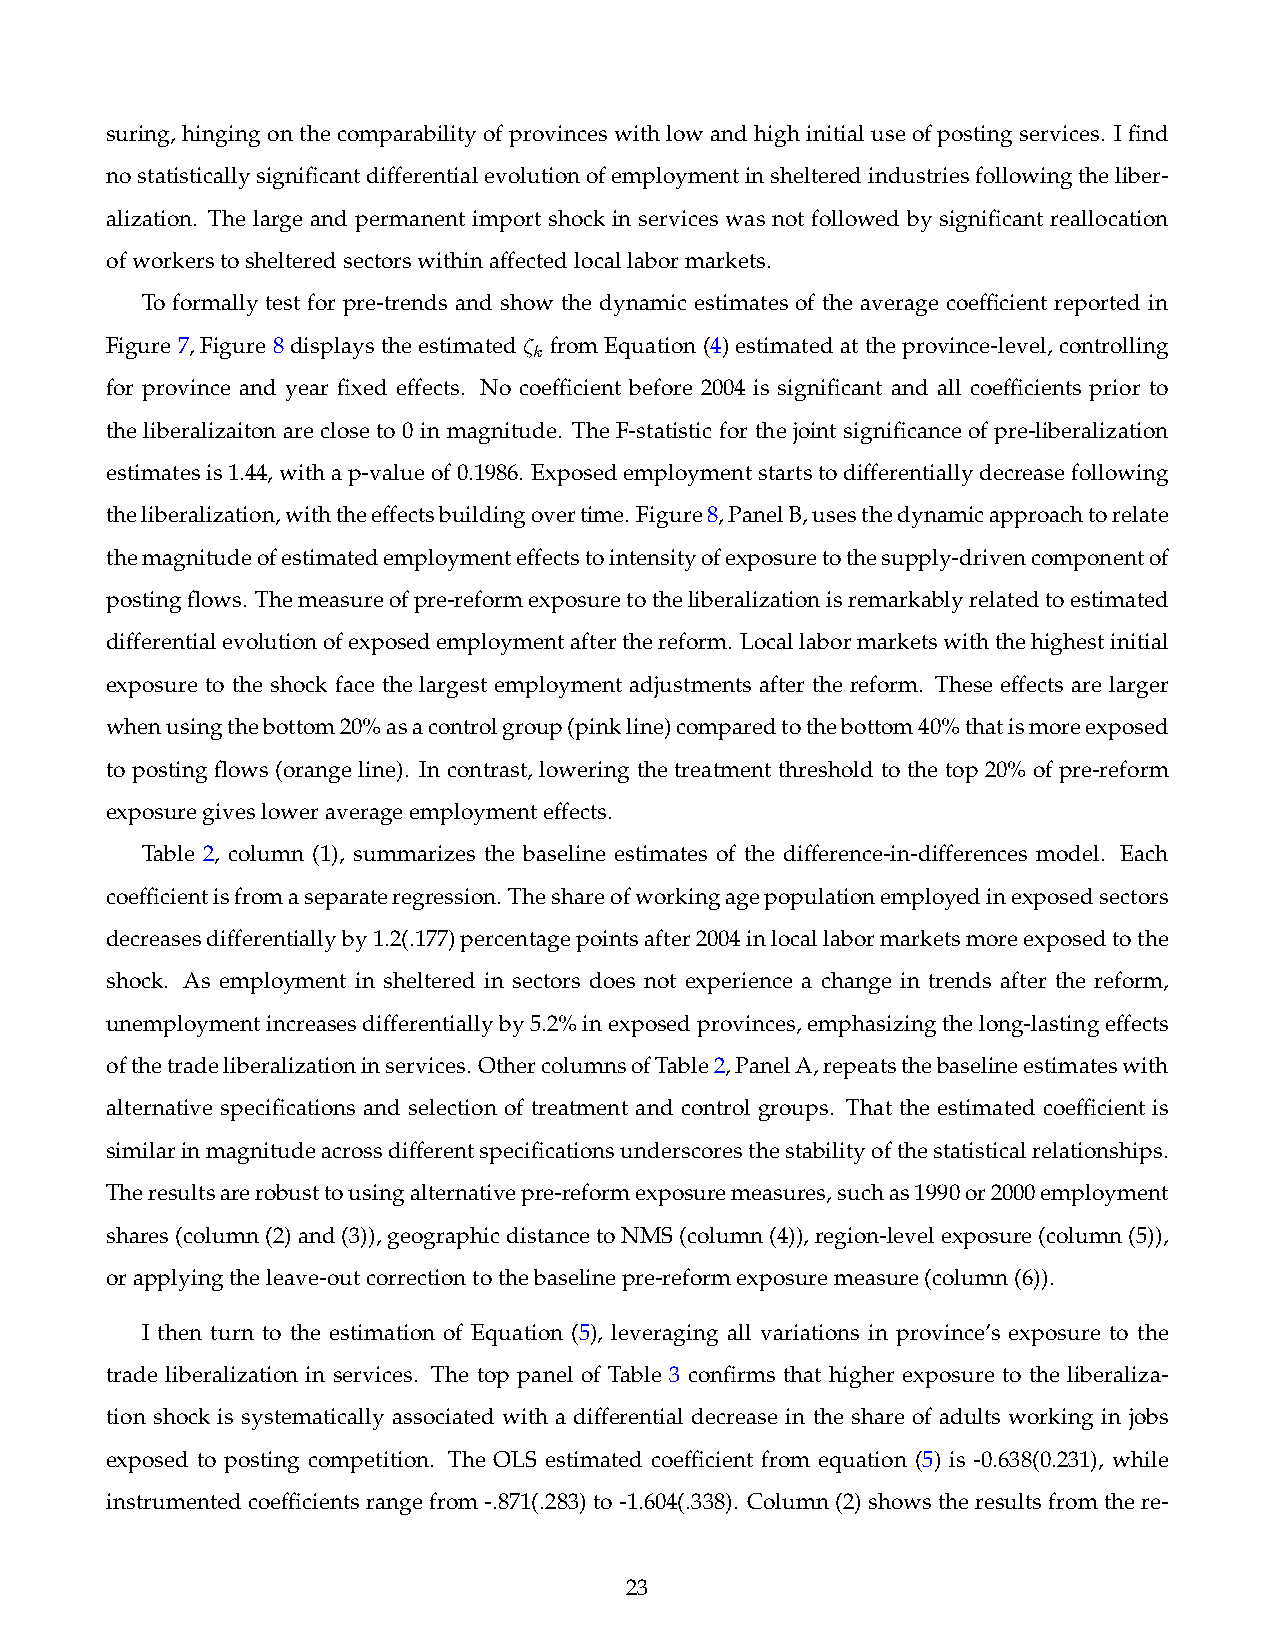
suring, hingingonthecomparabilityofprovinceswithlowandhighinitialuseofpostingservices. Ifind
 nostatisticallysignificantdifferentialevolutionofemploymentinshelteredindustriesfollowingtheliber-
 alization. The large and permanent import shock in services was not followed by significant reallocation
 ofworkerstoshelteredsectorswithinaffectedlocallabormarkets.
 To formally test for pre-trends and show the dynamic estimates of the average coefficient reported in
 Figure 7, Figure 8 displays the estimated ⇣ from Equation (4) estimated at the province-level, controlling
 k
 for province and year fixed effects. No coefficient before 2004 is significant and all coefficients prior to
 the liberalizaiton are close to 0 in magnitude. The F-statistic for the joint significance of pre-liberalization
 estimatesis1.44,withap-valueof0.1986. Exposedemploymentstartstodifferentiallydecreasefollowing
 theliberalization,withtheeffectsbuildingovertime. Figure8,PanelB,usesthedynamicapproachtorelate
 themagnitudeofestimatedemploymenteffectstointensityofexposuretothesupply-drivencomponentof
 postingflows. Themeasureofpre-reformexposuretotheliberalizationisremarkablyrelatedtoestimated
 differentialevolutionofexposedemploymentafterthereform. Locallabormarketswiththehighestinitial
 exposure to the shock face the largest employment adjustments after the reform. These effects are larger
 whenusingthebottom20%asacontrolgroup(pinkline)comparedtothebottom40%thatismoreexposed
 to posting flows (orange line). In contrast, lowering the treatment threshold to the top 20% of pre-reform
 exposuregivesloweraverageemploymenteffects.
 Table 2, column (1), summarizes the baseline estimates of the difference-in-differences model. Each
 coefficientisfromaseparateregression. Theshareofworkingagepopulationemployedinexposedsectors
 decreasesdifferentiallyby1.2(.177)percentagepointsafter2004inlocallabormarketsmoreexposedtothe
 shock. As employment in sheltered in sectors does not experience a change in trends after the reform,
 unemploymentincreasesdifferentiallyby5.2%inexposedprovinces,emphasizingthelong-lastingeffects
 ofthetradeliberalizationinservices. OthercolumnsofTable2,PanelA,repeatsthebaselineestimateswith
 alternative specifications and selection of treatment and control groups. That the estimated coefficient is
 similarinmagnitudeacrossdifferentspecificationsunderscoresthestabilityofthestatisticalrelationships.
 Theresultsarerobusttousingalternativepre-reformexposuremeasures,suchas1990or2000employment
 shares(column(2)and(3)),geographicdistancetoNMS(column(4)),region-levelexposure(column(5)),
 orapplyingtheleave-outcorrectiontothebaselinepre-reformexposuremeasure(column(6)).
 I then turn to the estimation of Equation (5), leveraging all variations in province’s exposure to the
 trade liberalization in services. The top panel of Table 3 confirms that higher exposure to the liberaliza-
 tion shock is systematically associated with a differential decrease in the share of adults working in jobs
 exposed to posting competition. The OLS estimated coefficient from equation (5) is -0.638(0.231), while
 instrumentedcoefficients rangefrom -.871(.283)to-1.604(.338). Column(2) showstheresults fromthe re-
 23